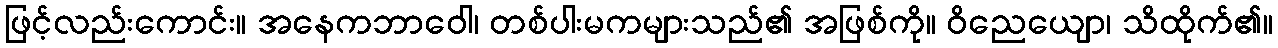
ဖြင့်လည်းကောင်း။ အနေကဘာဝေါ၊ တစ်ပါးမကများသည်၏ အဖြစ်ကို။ ဝိညေယျော၊ သိထိုက်၏။